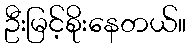
ဦးမြင့်စိုးနေတယ်။